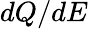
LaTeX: dQ/dE